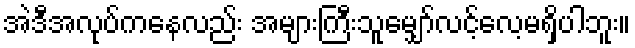
အဲဒီအလုပ်ကနေလည်း အများကြီးသူမျှော်လင့်လေ့မရှိပါဘူး။